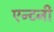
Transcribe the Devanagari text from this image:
एन्टनी